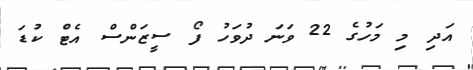
އަދި މި މަހުގެ 22 ވަނަ ދުވަހު ފޯ ސީޒަންސް އެޓް ކުޑަ